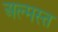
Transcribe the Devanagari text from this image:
अल्मस्त